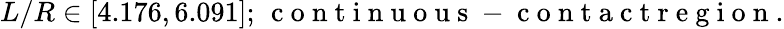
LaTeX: L/R\in[4.176,6.091];\, \mathrm{~c~o~n~t~i~n~u~o~u~s~-~c~o~n~t~a~c~t~r~e~g~i~o~n~}.